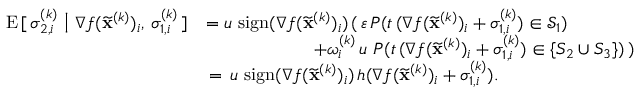
\begin{array} { r l } { \mathrm { E } \, [ \, \sigma _ { 2 , i } ^ { ( k ) } \ \big \vert \ \nabla f ( \widetilde \mathbf { x } ^ { ( k ) } ) _ { i } , \, \sigma _ { 1 , i } ^ { ( k ) } \, ] } & { = u \ \mathrm { s i g n } ( \nabla f ( \widetilde \mathbf { x } ^ { ( k ) } ) _ { i } ) \, ( \, \varepsilon \, P ( t \, ( \nabla f ( \widetilde \mathbf { x } ^ { ( k ) } ) _ { i } + \sigma _ { 1 , i } ^ { ( k ) } ) \in { \mathcal { S } } _ { 1 } ) } \\ & { \qquad \qquad \qquad + \omega _ { i } ^ { ( k ) } \, u \ P ( t \, ( \nabla f ( \widetilde \mathbf { x } ^ { ( k ) } ) _ { i } + \sigma _ { 1 , i } ^ { ( k ) } ) \in \{ S _ { 2 } \cup S _ { 3 } \} ) \, ) } \\ & { \, = \, u \ \mathrm { s i g n } ( \nabla f ( \widetilde \mathbf { x } ^ { ( k ) } ) _ { i } ) \, h ( \nabla f ( \widetilde \mathbf { x } ^ { ( k ) } ) _ { i } + \sigma _ { 1 , i } ^ { ( k ) } ) . } \end{array}